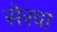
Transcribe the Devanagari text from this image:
सेरवा